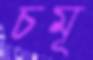
চমূ